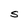
Character: S